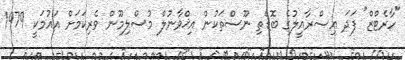
"ހާރެޓްޒް" ފަދަ އިސްރާއީލުގެ ބޮޑެތި ނޫސްތަކުން އިޚްވާނުލް މުސްލިމޫން ވެރިކަމަށް އައުމަކީ 1979